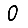
Digit: 0